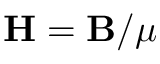
{ \bf H } = { \bf B } / \mu